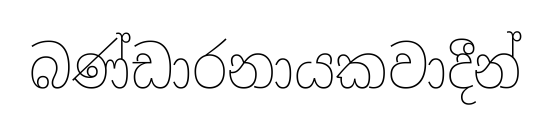
බණ්ඩාරනායකවාදීන්